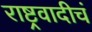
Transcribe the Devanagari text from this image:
राष्ट्रवादीचं